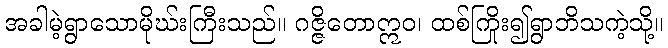
အခါမဲ့ရွာသောမိုဃ်းကြီးသည်။ ဂဇ္ဇိတောဣဝ၊ ထစ်ကြိုး၍ရွာဘိသကဲ့သို့။